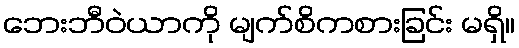
ဘေးဘီဝဲယာကို မျက်စိကစားခြင်း မရှိ။